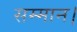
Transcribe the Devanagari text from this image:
सम्‍मान।